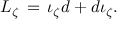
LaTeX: L _ { \zeta } \, = \, \iota _ { \zeta } d + { d \iota } _ { \zeta } .